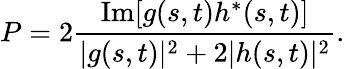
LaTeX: P=2{\frac{\mathrm{Im}[g(s,t)h^{\ast}(s,t)]}{|g(s,t)|^{2}+2|h(s,t)|^{2}}}.